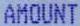
AMOUNT